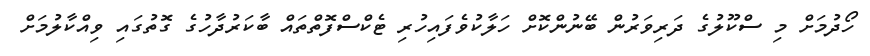
ހޯދުމަށް މި ސްކޫލުގެ ދަރިވަރުން ބޭނުންކޮށް ހަލާކުވެފައިހުރި ޓެކްސްފޮތްތައް ބާކަރުދާހުގެ ގޮތުގައި ވިއްކާލުމަށް